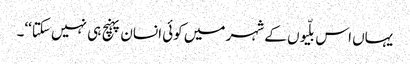
یہاں اس بلّیوں کے شہر میں کوئی انسان پہنچ ہی نہیں سکتا‘‘۔